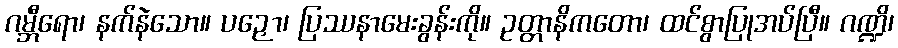
ဂမ္ဘီရော၊ နက်နဲသော။ ပဉှော၊ ပြဿနာမေးခွန်းကို။ ဥတ္တာနိကတော၊ ထင်စွာပြုအပ်ပြီ။ ဂဏ္ဍိ၊